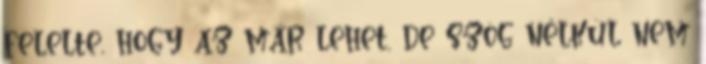
felelte, hogy az már lehet, de szög nélkül nem